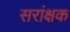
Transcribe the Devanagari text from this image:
सरांक्षक